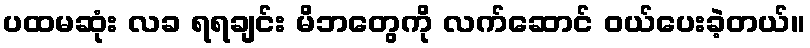
ပထမဆုံး လခ ရရချင်း မိဘတွေကို လက်ဆောင် ဝယ်ပေးခဲ့တယ်။